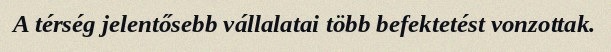
A térség jelentősebb vállalatai több befektetést vonzottak.